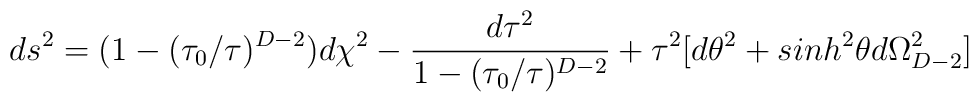
ds^2= (1-(\tau_0/\tau)^{D-2}) d\chi^2 -\frac{d\tau^2}{1-(\tau_0/\tau)^{D-2} } + \tau^2[ d\theta^2 +sinh^2\theta d\Omega^2_{D-2}]